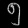
Digit: ၅